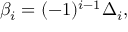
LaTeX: \beta _ { i } = ( - 1 ) ^ { i - 1 } \Delta _ { i } ,